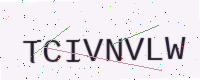
Text: TCIVNVLW